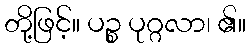
တို့ဖြင့်။ ပဉ္စ ပုဂ္ဂလာ၊ ၏။